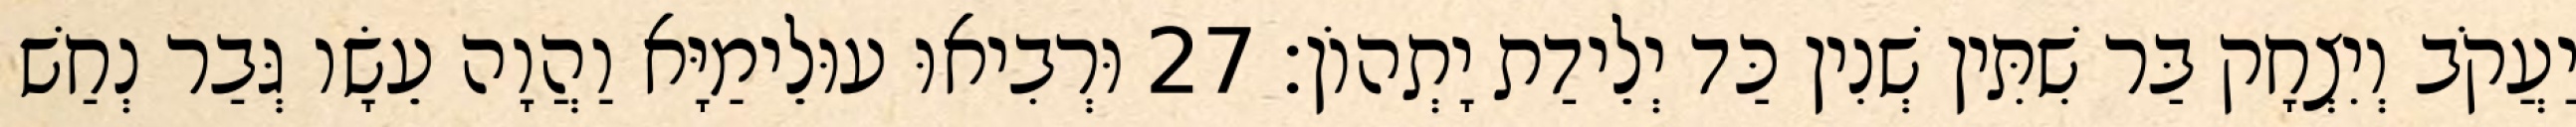
יַעֲקֹב וְיִצְחָק בַּר שִׁתִּין שְׁנִין כַּד יְלֵידַת יָתְהוֹן׃ 27 וּרְבִיאוּ עוּלֵימַיָּא וַהֲוָה עֵשָׂו גְּבַר נְחַשׁ